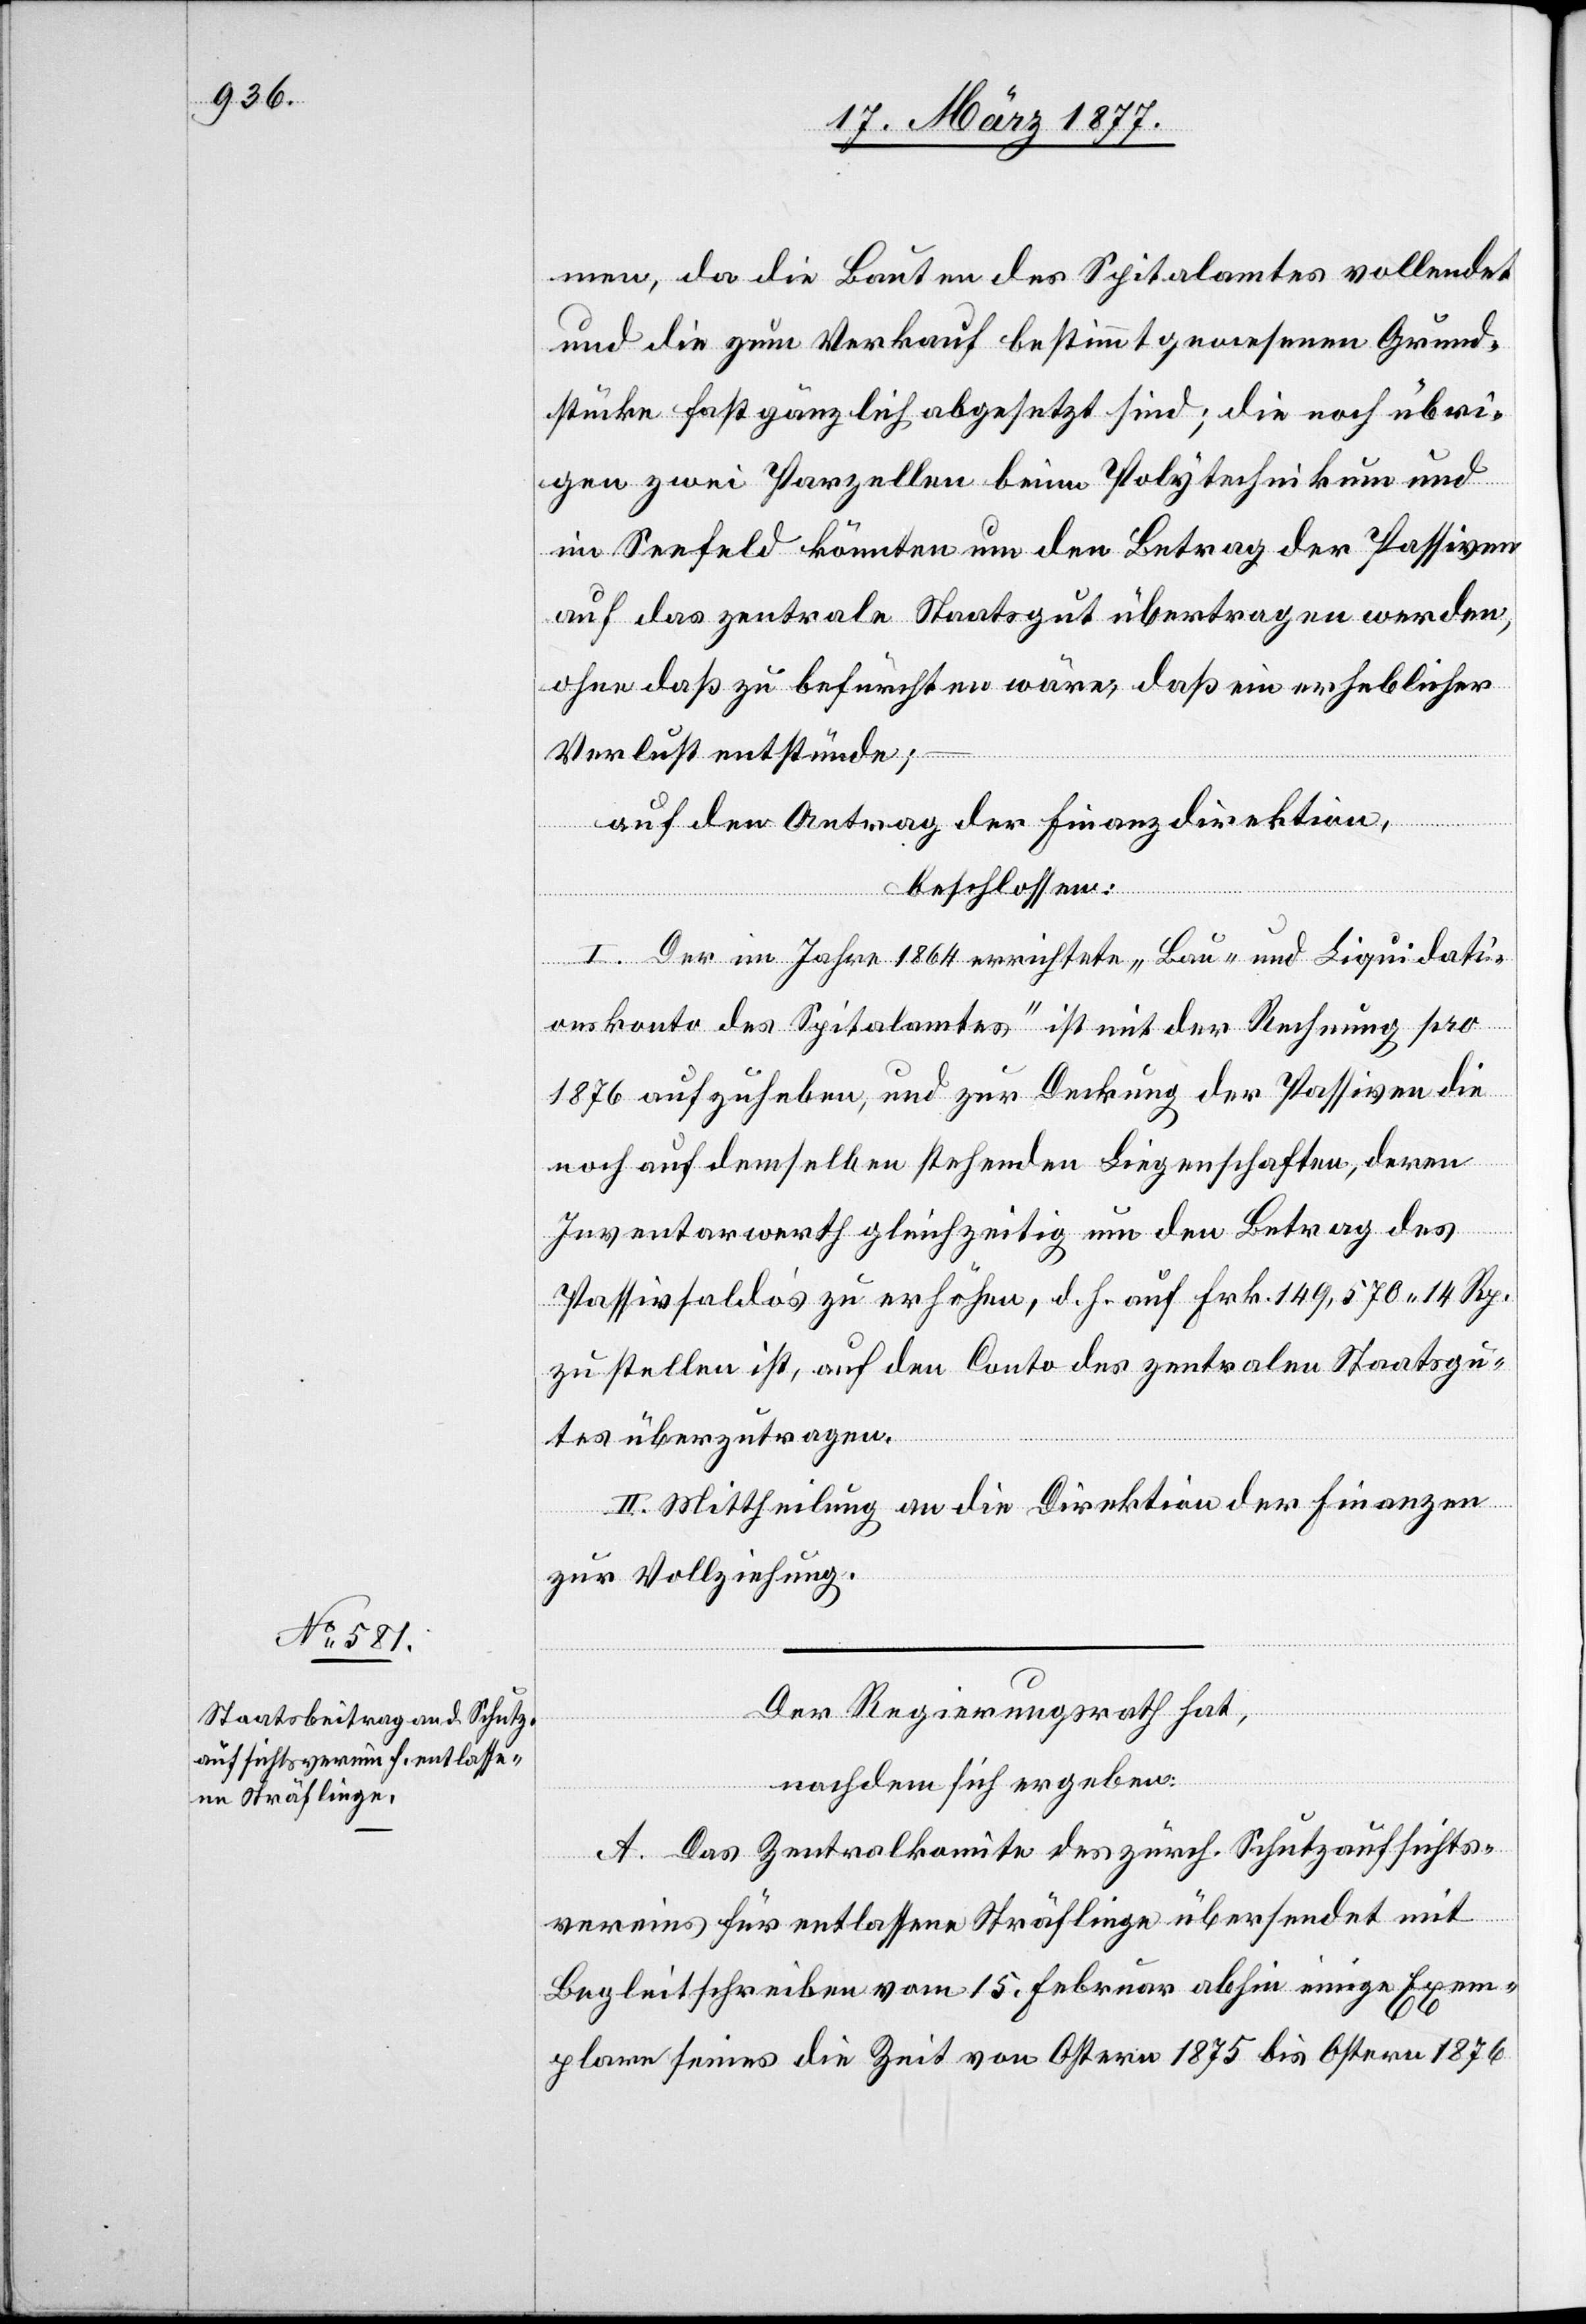
men, da die Bauten des Spitalamtes vollendet
und die zum Verkauf bestimmt gewesenen Grund¬
stücke fast gänzlich abgesetzt sind; die noch übri¬
gen zwei Parzellen beim Polytechnikum und
im Seefeld könnten um den Betrag der Passiven
auf das zentrale Staatsgut übertragen werden,
ohne daß zu befürchten wäre, daß ein erheblicher
Verlust entstünde;
auf den Antrag der Finanzdirektion,
beschlossen:
I. Der im Jahre 1864 errichtete „Bau- und Liquidati¬
onskonto des Spitalamtes“ ist mit der Rechnung pro
1876 aufzuheben, und zur Deckung der Passiven die
noch auf demselben stehenden Liegenschaften, deren
Inventarwerth gleichzeitig um den Betrag des
Passivsaldo‘s zu erhöhen, d. h. auf Frk. 149,570 14 Rp.
zu stellen ist, auf den Conto des zentralen Staatsgu¬
tes überzutragen.
II. Mittheilung an die Direktion der Finanzen
zur Vollziehung.
Der Regierungsrath hat,
nachdem sich ergeben:
A. Das Zentralkomite des zürch. Schutzaufsichts¬
vereins für entlassene Sträflinge übersendet mit
Begleitschreiben vom 15. Februar abhin einige Exem¬
plare seines die Zeit von Ostern 1875 bis Ostern 1876